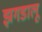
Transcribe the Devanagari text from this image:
झगडालू